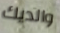
والديك